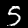
Label: 5